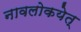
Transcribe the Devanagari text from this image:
नावलोकयेत्